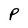
Character: P